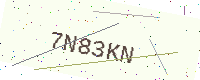
Text: 7N83KN